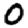
Digit: 0